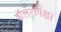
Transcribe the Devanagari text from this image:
डॉलरांपेक्षा